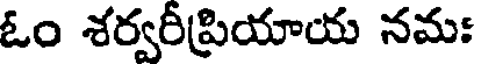
ఓం శర్వరీప్రియాయ నమః